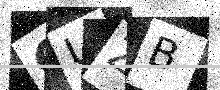
Text: GUZB